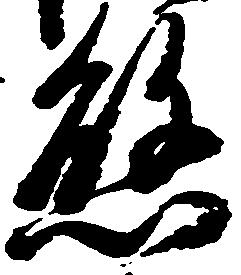
懸